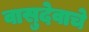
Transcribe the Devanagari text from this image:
वासुदेवाचे